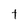
Character: t